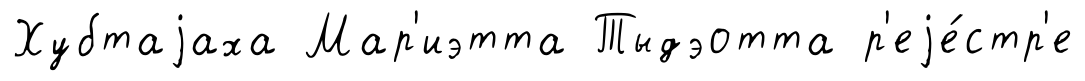
Хубтаjаха Мар'иэтта Тыдэотта р'еjе́стр'е